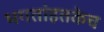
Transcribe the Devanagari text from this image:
भगतांइतकेच